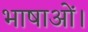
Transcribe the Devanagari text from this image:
भाषाओं।